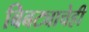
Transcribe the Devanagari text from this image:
बिबट्याचेही